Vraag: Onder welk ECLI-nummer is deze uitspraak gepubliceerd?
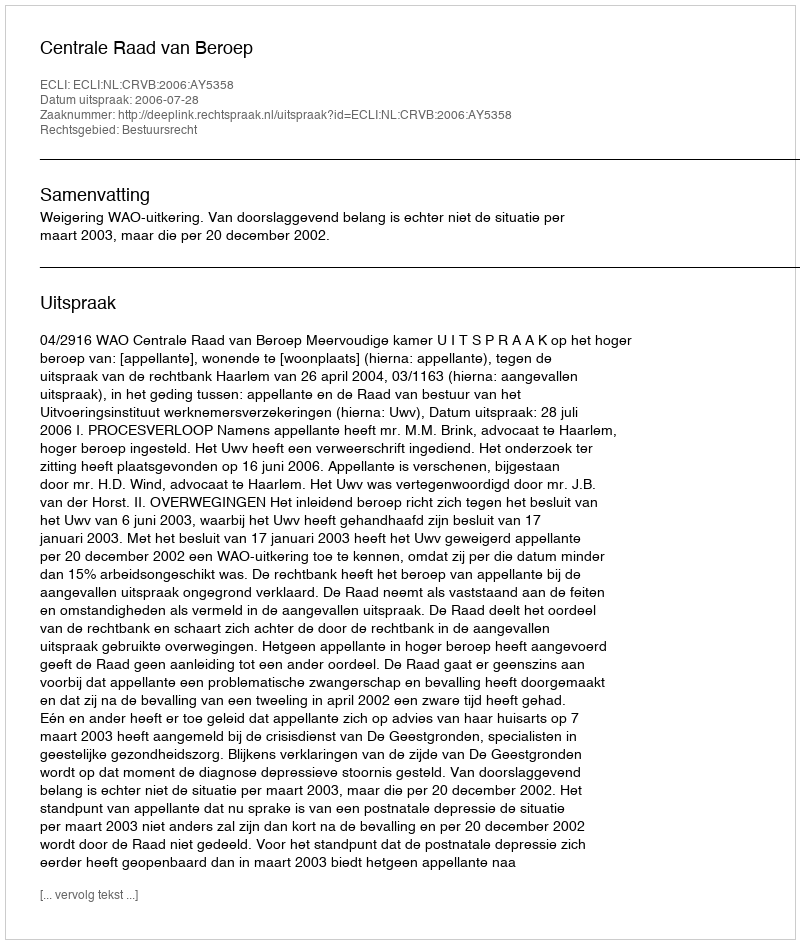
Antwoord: ECLI:NL:CRVB:2006:AY5358